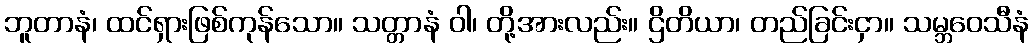
ဘူတာနံ၊ ထင်ရှားဖြစ်ကုန်သော။ သတ္တာနံ ဝါ၊ တို့အားလည်း။ ဌိတိယာ၊ တည်ခြင်းငှာ။ သမ္ဘဝေသီနံ